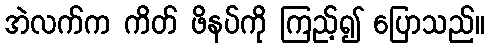
အဲလက်က ကိတ် ဖိနပ်ကို ကြည့်၍ ပြောသည်။